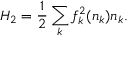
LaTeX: H _ { 2 } = \frac { 1 } { 2 } \sum _ { k } f _ { k } ^ { 2 } ( n _ { k } ) n _ { k } .